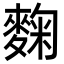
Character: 麴